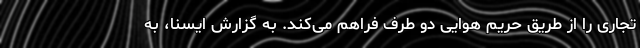
تجاری را از طریق حریم هوایی دو طرف فراهم می‌کند. به گزارش ایسنا، به